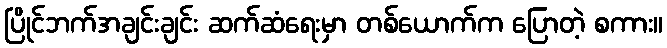
ပြိုင်ဘက်အချင်းချင်း ဆက်ဆံရေးမှာ တစ်ယောက်က ပြောတဲ့ စကား။